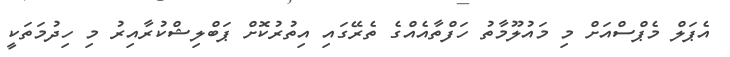
އެޕަލް މެޕްސްއަށް މި މައުލޫމާތު ހަފްތާއެއްގެ ތެރޭގައި އިތުރުކޮށް ޕަބްލިޝްކުރާއިރު މި ހިދުމަތަކީ